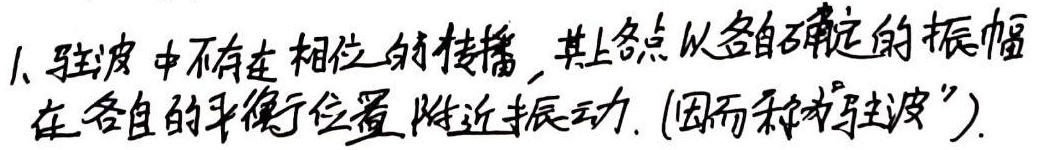
1、驻波中不存在相位的传播，其上各点以各自确定的振幅在各自的平衡位置附近振动. (因而称为“驻波”).